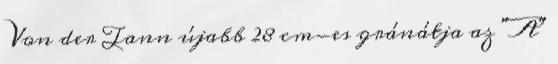
Von der Tann újabb 28 cm-es gránátja az "A"